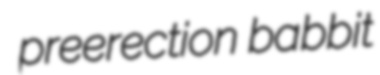
preerection babbit